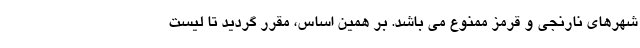
شهرهای نارنجی و قرمز ممنوع می­ باشد. بر همین اساس، مقرر گردید تا لیست